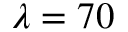
\lambda = 7 0